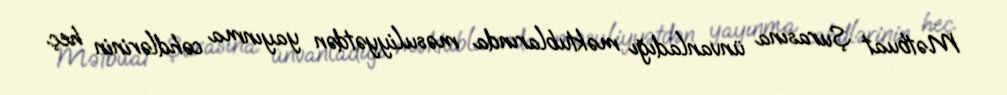
Mətbuat Şurasına ünvanladığı məktublarında məsuliyyətdən yayınma cəhdlərinin heç